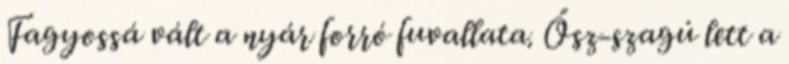
Fagyossá vált a nyár forró fuvallata. Ősz-szagú lett a